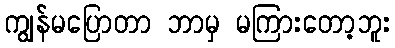
ကျွန်မပြောတာ ဘာမှ မကြားတော့ဘူး